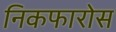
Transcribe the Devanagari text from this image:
निकफारोस